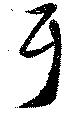
耳